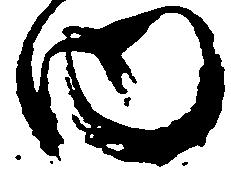
内